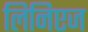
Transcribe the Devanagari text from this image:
लिनिएज